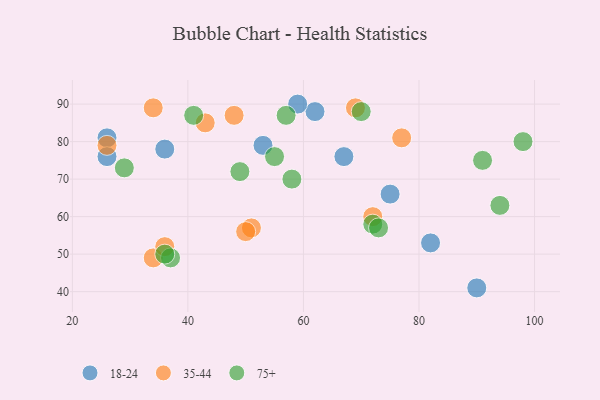
{"axis": {"x": "GDP", "y": "Life Expectancy"}, "legend": ["18-24", "35-44", "75+"], "data": [{"x": "36", "y": 78, "type": "18-24"}, {"x": "90", "y": 41, "type": "18-24"}, {"x": "26", "y": 81, "type": "18-24"}, {"x": "62", "y": 88, "type": "18-24"}, {"x": "67", "y": 76, "type": "18-24"}, {"x": "26", "y": 76, "type": "18-24"}, {"x": "82", "y": 53, "type": "18-24"}, {"x": "53", "y": 79, "type": "18-24"}, {"x": "75", "y": 66, "type": "18-24"}, {"x": "59", "y": 90, "type": "18-24"}, {"x": "51", "y": 57, "type": "35-44"}, {"x": "72", "y": 60, "type": "35-44"}, {"x": "26", "y": 79, "type": "35-44"}, {"x": "48", "y": 87, "type": "35-44"}, {"x": "43", "y": 85, "type": "35-44"}, {"x": "34", "y": 49, "type": "35-44"}, {"x": "34", "y": 89, "type": "35-44"}, {"x": "36", "y": 52, "type": "35-44"}, {"x": "50", "y": 56, "type": "35-44"}, {"x": "77", "y": 81, "type": "35-44"}, {"x": "69", "y": 89, "type": "35-44"}, {"x": "94", "y": 63, "type": "75+"}, {"x": "29", "y": 73, "type": "75+"}, {"x": "70", "y": 88, "type": "75+"}, {"x": "57", "y": 87, "type": "75+"}, {"x": "72", "y": 58, "type": "75+"}, {"x": "41", "y": 87, "type": "75+"}, {"x": "37", "y": 49, "type": "75+"}, {"x": "55", "y": 76, "type": "75+"}, {"x": "58", "y": 70, "type": "75+"}, {"x": "91", "y": 75, "type": "75+"}, {"x": "49", "y": 72, "type": "75+"}, {"x": "98", "y": 80, "type": "75+"}, {"x": "73", "y": 57, "type": "75+"}, {"x": "36", "y": 50, "type": "75+"}]}